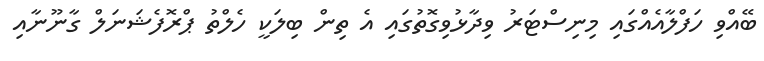
ބޭއްވި ހަފްލާއެއްގައި މިނިސްޓަރު ވިދާޅުވިގޮތުގައި އެ ތިން ބިލަކީ ހެލްތު ޕްރޮފެޝަނަލް ގާނޫނާއި